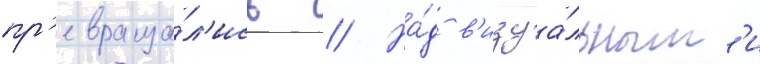
пр'евраща́л'ись // На́д в'изуа́льным'и